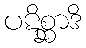
ပဋိစ္ဆာဒိ